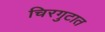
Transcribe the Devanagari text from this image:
चिरगुटात